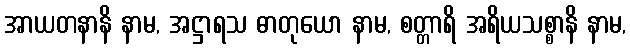
အာယတနာနိ နာမ, အဋ္ဌာရသ ဓာတုယော နာမ, စတ္တာရိ အရိယသစ္စာနိ နာမ,